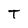
Character: T